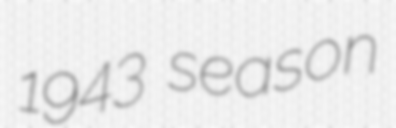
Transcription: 1943 season